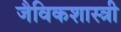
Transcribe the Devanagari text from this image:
जैविकशास्त्री